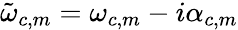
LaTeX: \tilde{\omega}_{c,m}=\omega_{c,m}-i\alpha_{c,m}